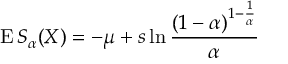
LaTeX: \operatorname { E } S _ { \alpha } ( X ) = - \mu + s \ln { \frac { ( 1 - \alpha ) ^ { 1 - { \frac { 1 } { \alpha } } } } { \alpha } }